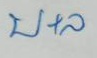
บ+ล